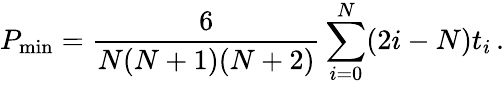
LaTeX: P_{\mathrm{min}}={\frac{6}{N(N+1)(N+2)}}\sum_{i=0}^{N}(2i-N)t_{i}\, .